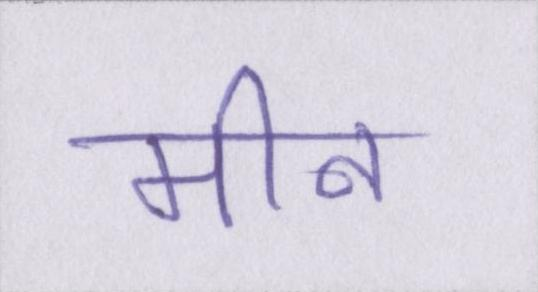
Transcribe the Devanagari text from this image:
मीन